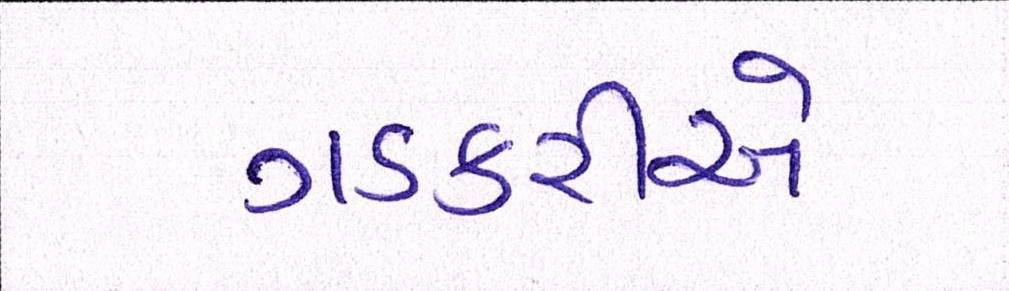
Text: ગડકરીએ